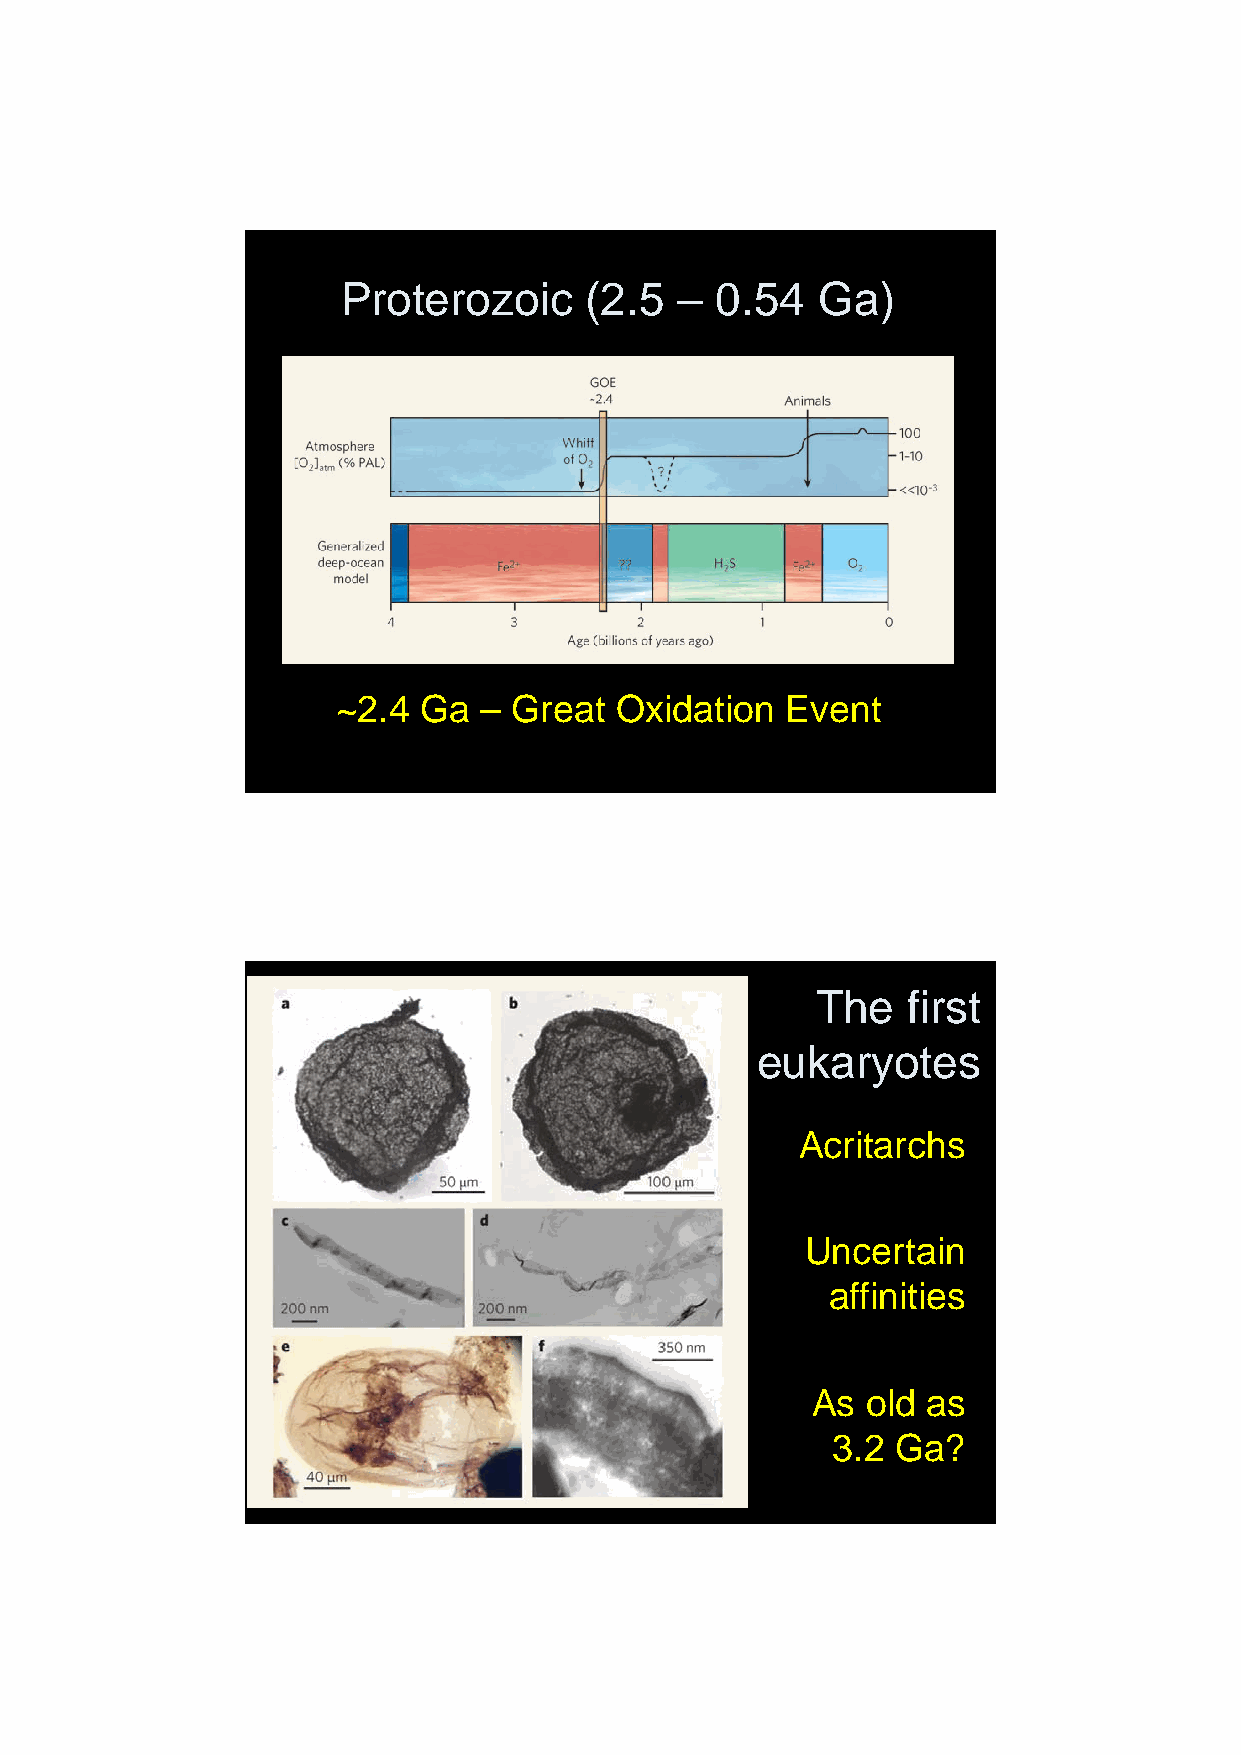
22/01/2013
 Proterozoic     (2.5  – 0.54   Ga)
 ~2.4  Ga  – Great  Oxidation  Event
 The   first
 eukaryotes
 Acritarchs
 Uncertain
 affinities
 As old as
 3.2 Ga?
 18